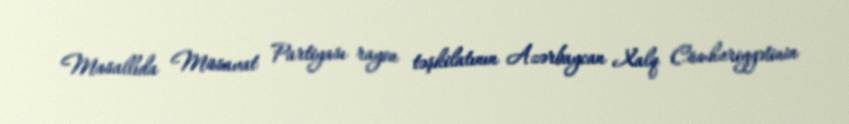
Masallıda Müsavat Partiyası rayon təşkilatının Azərbaycan Xalq Cümhuriyyətinin